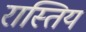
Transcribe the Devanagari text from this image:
रास्तिय